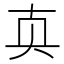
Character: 𰅴